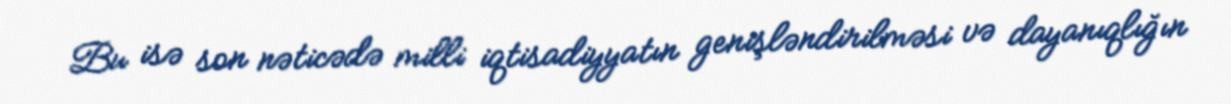
Bu isə son nəticədə milli iqtisadiyyatın genişləndirilməsi və dayanıqlığın